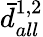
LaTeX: \bar{d}_{all}^{1,2}